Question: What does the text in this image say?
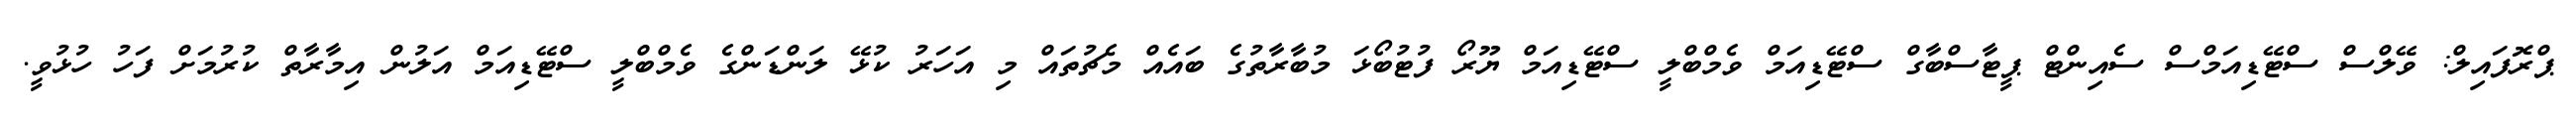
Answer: ޕްރޮފައިލް: ވޭލްސް ސްޓޭޑިއަމްސް ސެއިންޓް ޕީޓާސްބާގް ސްޓޭޑިއަމް ވެމްބްލީ ސްޓޭޑިއަމް ޔޫރޯ ފުޓުބޯޅަ މުބާރާތުގެ ބައެއް މެޗުތައް މި އަހަރު ކުޅޭ ލަންޑަންގެ ވެމްބްލީ ސްޓޭޑިއަމް އަލުން އިމާރާތް ކުރުމަށް ފަހު ހުޅުވީ.